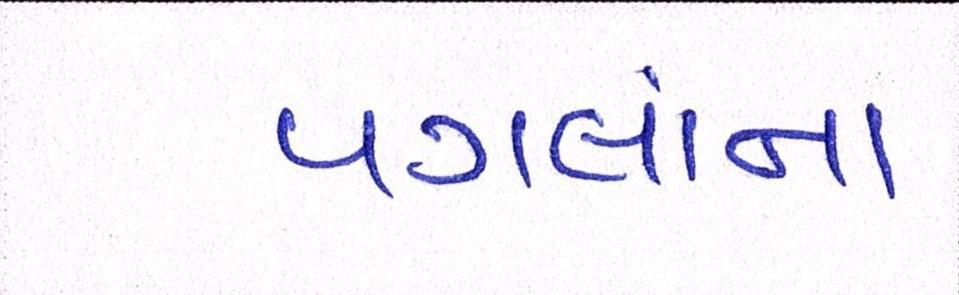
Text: પગલાંના